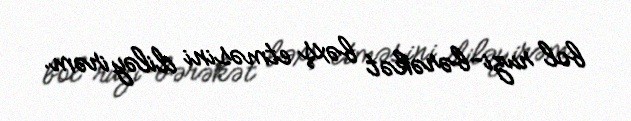
bol ruzi-bərəkət bəxş etməsini diləyirəm.